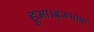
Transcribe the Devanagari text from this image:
हुआ।बृजभाषा